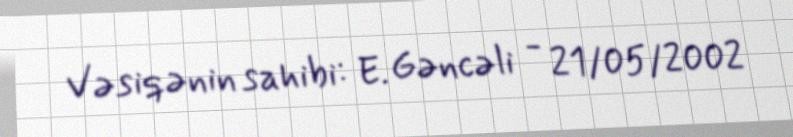
Vəsiqənin sahibi: E. Gəncəli - 21/05/2002